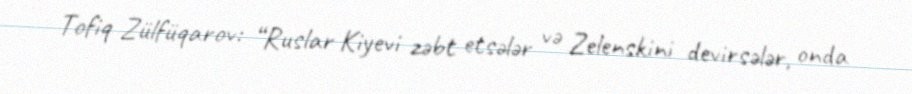
Tofiq Zülfüqarov: “Ruslar Kiyevi zəbt etsələr və Zelenskini devirsələr, onda